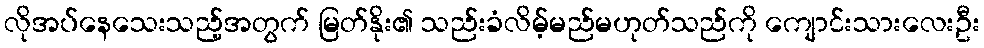
လိုအပ်နေသေးသည့်အတွက် မြတ်နိုး၏ သည်းခံလိမ့်မည်မဟုတ်သည်ကို ကျောင်းသားလေးဦး